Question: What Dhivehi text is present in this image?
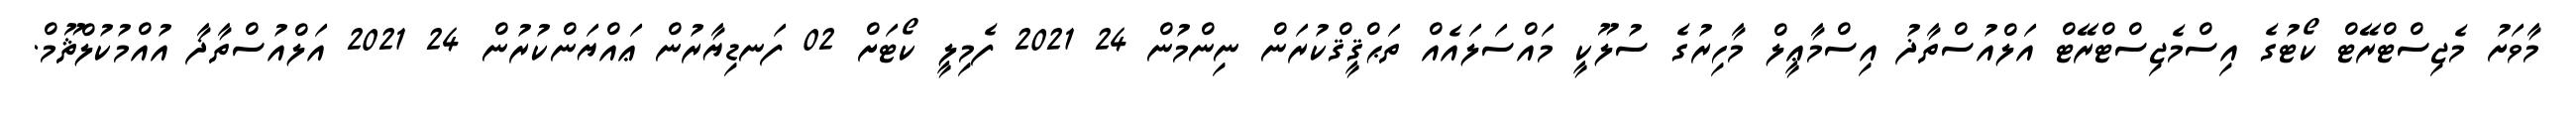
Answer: މާވަށު މެޖިސްޓްރޭޓް ކޯޓުގެ އިސްމެޖިސްޓްރޭޓް އަލްއުސްތާޛު އިސްމާޢީލް މާހިރުގެ ސުލޫކީ މައްސަލައެއް ތަޙްޤީޤްކުރަން ނިންމުން 24 2021 ފެމިލީ ކޯޓަށް 02 ފަނޑިޔާރުން ޢައްޔަންކުރުން 24 2021 އަލްއުސްތާޛާ އުއްމުކުލްޘޫމް.